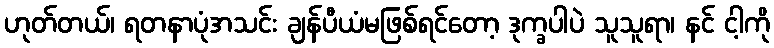
ဟုတ်တယ်၊ ရတနာပုံအသင်း ချန်ပီယံမဖြစ်ရင်တော့ ဒုက္ခပါပဲ သူသူရာ၊ နင် ငါ့ကို